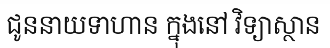
ជូននាយទាហាន ក្នុងនៅ វិទ្យាស្ថាន